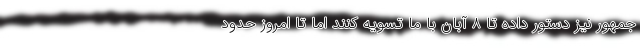
جمهور نیز دستور داده تا ۸ آبان با ما تسویه کنند اما تا امروز حدود